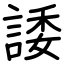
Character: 諉